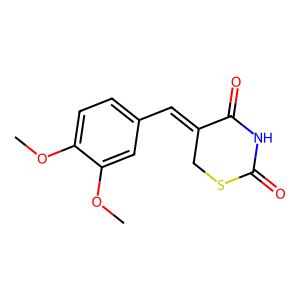
SMILES: COc1ccc(C=C2CSC(=O)NC2=O)cc1OC
Inhibits HIV replication: No